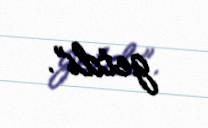
getdi”.